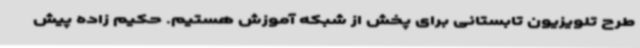
طرح تلویزیون تابستانی برای پخش از شبکه آموزش هستیم. حکیم‌ زاده پیش